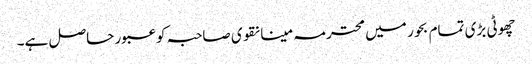
چھوٹی بڑی تمام بحور میں محترمہ مینا نقوی صاحبہ کو عبور حاصل ہے۔